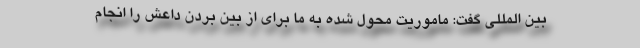
بین المللی گفت: ماموریت محول شده به ما برای از بین بردن داعش را انجام